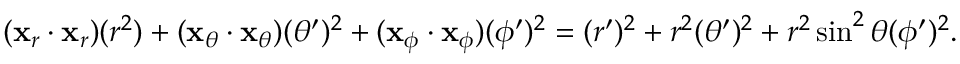
( \mathbf { x } _ { r } \cdot \mathbf { x } _ { r } ) ( r ^ { 2 } ) + ( \mathbf { x } _ { \theta } \cdot \mathbf { x } _ { \theta } ) ( \theta ^ { \prime } ) ^ { 2 } + ( \mathbf { x } _ { \phi } \cdot \mathbf { x } _ { \phi } ) ( \phi ^ { \prime } ) ^ { 2 } = ( r ^ { \prime } ) ^ { 2 } + r ^ { 2 } ( \theta ^ { \prime } ) ^ { 2 } + r ^ { 2 } \sin ^ { 2 } \theta ( \phi ^ { \prime } ) ^ { 2 } .